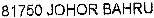
81750 JOHOR BAHRU